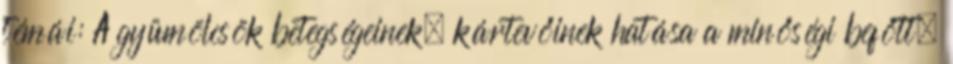
témái: A gyümölcsök betegségeinek, kártevőinek hatása a minőségi befőtt,